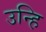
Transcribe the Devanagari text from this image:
उन्हि